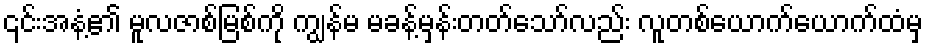
၎င်းအနံ့၏ မူလဇာစ်မြစ်ကို ကျွန်မ မခန့်မှန်းတတ်သော်လည်း လူတစ်ယောက်ယောက်ထံမှ